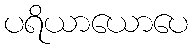
ပရိယာယောပေ